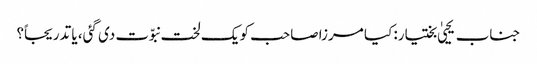
جناب یحییٰ بختیار: کیا مرزا صاحب کو یک لخت نبوّت دی گئی، یا تدریجاً؟